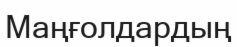
Маңғолдардың